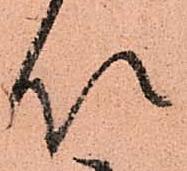
以